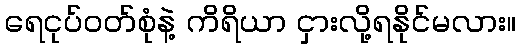
ရေငုပ်ဝတ်စုံနဲ့ ကိရိယာ ငှားလို့ရနိုင်မလား။